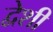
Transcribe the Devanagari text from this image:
द्वेशी